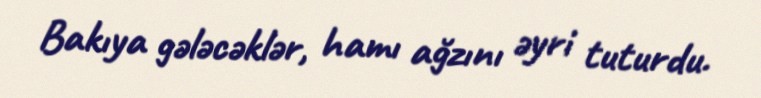
Bakıya gələcəklər, hamı ağzını əyri tuturdu.